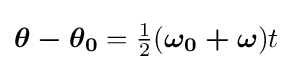
{\boldsymbol {\theta -\theta _{0}}}={\tfrac {1}{2}}({\boldsymbol {\omega _{0}+\omega }})t